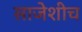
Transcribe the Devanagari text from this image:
साजेशीच